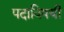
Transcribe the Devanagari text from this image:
पदाविषयी